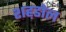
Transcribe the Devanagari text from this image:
शह़डोल